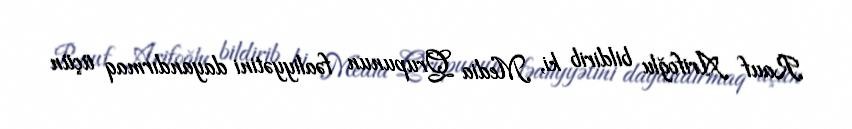
Rauf Arifoğlu bildirib ki, Media Qrupunun fəaliyyətini dayandırmaq üçün